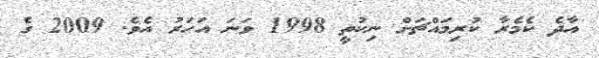
އާދެ ކެމެރާ ކުރިމައްޗަށް ނިކުތީ 1998 ވަނަ އަހަރު އެވެ. 2009 ގެ